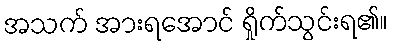
အသက် အားရအောင် ရှိုက်သွင်းရ၏။